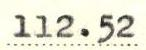
112.52